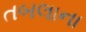
તબલાના